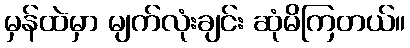
မှန်ထဲမှာ မျက်လုံးချင်း ဆုံမိကြတယ်။